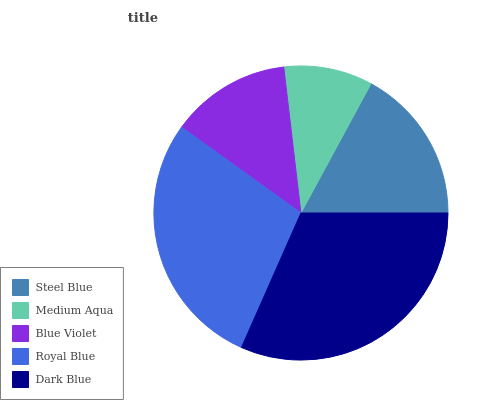
| Steel Blue | Medium Aqua | Blue Violet | Royal Blue | Dark Blue |
 | --- | --- | --- | --- | --- |
 | 17% | 9.75% | 13.2% | 28.3% | 31.7% |